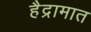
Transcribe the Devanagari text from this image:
हैद्रामात